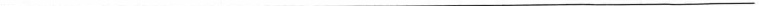
_